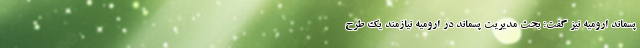
پسماند ارومیه نیز گفت: بحث مدیریت پسماند در ارومیه نیازمند یک طرح